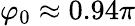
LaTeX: \varphi_{0}\approx 0.94\pi